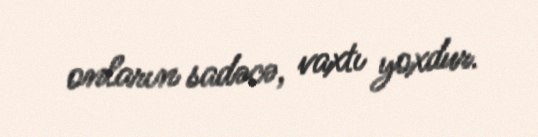
onların sadəcə, vaxtı yoxdur.